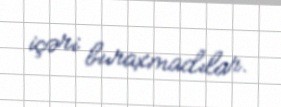
içəri buraxmadılar.